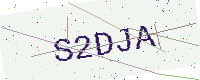
Text: S2DJA